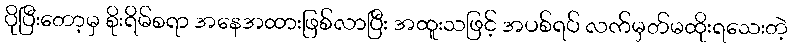
ပိုပြီးတော့မှ စိုးရိမ်စရာ အနေအထားဖြစ်လာပြီး အထူးသဖြင့် အပစ်ရပ် လက်မှတ်မထိုးရသေးတဲ့